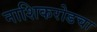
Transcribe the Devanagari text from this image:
नाशिकरोडचा